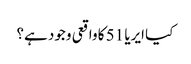
کیا ایریا 51 کا واقعی وجود ہے؟